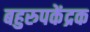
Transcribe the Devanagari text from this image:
बहुरुपकेंद्रक